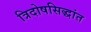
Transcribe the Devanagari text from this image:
त्रिदोषसिद्धांत